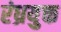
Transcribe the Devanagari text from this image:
रंध्रयुक्त